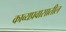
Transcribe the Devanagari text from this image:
काव्यप्रवासातील